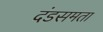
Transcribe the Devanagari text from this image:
दंडसमता